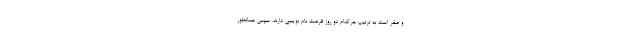
و صفر است به ترتیب هرکدام دو روز فرصت نام نویسی دارند. سپس همانطور